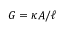
G = \kappa A / \ell